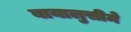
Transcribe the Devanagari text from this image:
बायालुसीमे